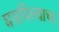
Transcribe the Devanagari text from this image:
घडविल्याचा